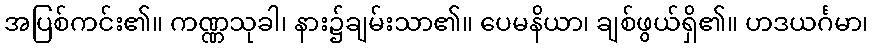
အပြစ်ကင်း၏။ ကဏ္ဏသုခါ၊ နား၌ချမ်းသာ၏။ ပေမနိယာ၊ ချစ်ဖွယ်ရှိ၏။ ဟဒယင်္ဂမာ၊